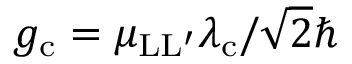
g _ { \mathrm { c } } = \mu _ { \mathrm { L L ^ { \prime } } } \lambda _ { \mathrm { c } } / \sqrt { 2 } \hbar